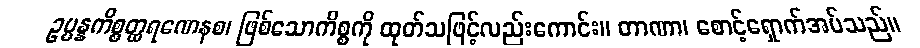
ဥပ္ပန္နကိစ္စတ္ထရဏေနစ၊ ဖြစ်သောကိစ္စကို ထုတ်သဖြင့်လည်းကောင်း။ တာဏာ၊ စောင့်ရှောက်အပ်သည်။